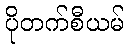
ပိုတက်စီယမ်